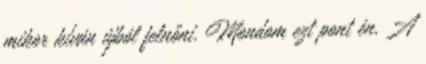
mikor kíván újból felnőni. Mondom ezt pont én. A